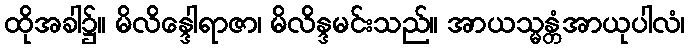
ထိုအခါ၌။ မိလိန္ဒေါရာဇာ၊ မိလိန္ဒမင်းသည်။ အာယသ္မန္တံအာယုပါလံ၊